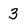
Character: 3